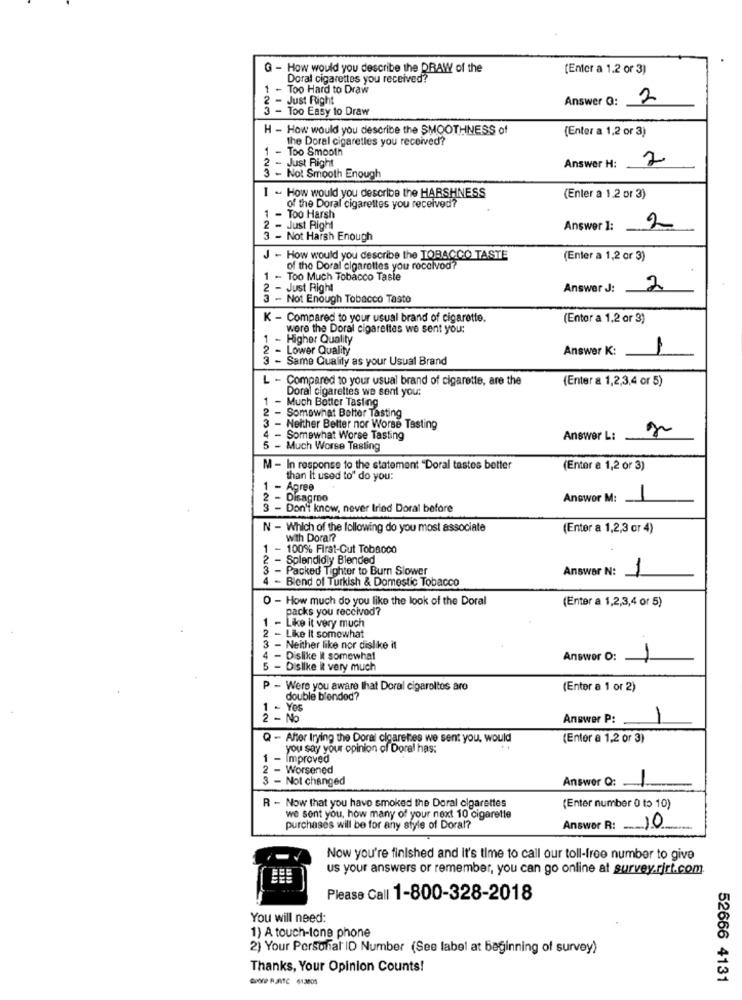
G - How would you describe the DRAW of the
(Enter a 1.2 or 3)
Doral cigarettes you received?
1 - Too Hard to Draw
- Just Right
Answer Q: 2
- Too Easy to Draw
H - How would you describe the SMOOTHNESS of
(Enter a 1,2 or 3)
the Doral cigaretles you received?
1 - Too Smooth
2 - Just Right
2
Answer H:
- Not Smooth Enough
I - How would you describe the HARSHNESS
(Enter a 1.2 or 3)
of the Doral cigarettes you received?
1 - Too Harsh
2 - Just Right
Answer 1: 2
3 - Not Harsh Enough
J - How would you describe the TOBACCO TASTE
(Enter a 1,2 or 3)
of the Doral cigarettes you rocelvod?
1 .
Too Much Tobacco Taste
2 - Just Right
Answer J:
2
3 - Not Enough Tobacco Tasto
K - Compared to your usual brand of cigarette.
(Entor a 1,2 or 3)
were the Doral cigarettes we sent you:
1 - Higher Quality
- Lower Quality
Answer K:
3 - Same Quality as your Usual Brand
- Compared to your usual brand of cigarette, are the
(Enter a 1,2,3,4 or 5)
Doral cigarettes we sent you:
1
Much Botter Tasting
- Somewhat Belter Tasting
- Neither Better nor Worse Tasting
4 - Somewhat Worse Tasting
Answer L:
5 - Much Worse Tasting
M - In response to the statement "Doral tastes better
(Enter a 1,2 or 3)
than It used to" do you:
1 - Agree
- Disagroo
Anowor M:
1
123
- Don't know, never tried Doral before
N - Which of the following do you most associate
(Enter a 1,2,3 or 4)
With Dorar?
100% First-Out Tobacco
Splendidly Blended
3 - Packed Tighter to Burn Slower
1284
- Blend of Turkish & Domestic Tobacco
Answer N: 1
O - How much do you like the look of the Doral
packs you received?
(Enter a 1,2,3,4 or 5)
1
- Like it very much
2 - Like It somewhat
3 - Neither like nor dislike it
- Dislike It somewhat
Answer O:
1
5 - Dislike it very much
P - Were you aware that Doral cigaroltos are
(Enter a 1 or 2)
double blended?
1 - Yes
2 - No
Answer P:
- After Irying the Doral cigarettes we sent you, would
(Enter a 1,2 or 3)
you say your opinion of Doral has:
1 - Improved
2 - Worsened
3
- Not changed
Answer Q:
R - Now that you have smoked the Doral cigarettes
(Enter number 0 to 10)
we sent you, how many of your next 10 cigarette
purchases will be for any style of Doral?
Answer R: 10
Now you're finished and it's time to call our toll-free number to give
us your answers or remember, you can go online at survey.rirf.com.
Please Call 1-800-328-2018
You will need:
1) A touch-tone phone
2) Your Personal ID Number (See label at beginning of survey)
Thanks, Your Opinion Counts!
OOP RUNTC 413805
52666 4131